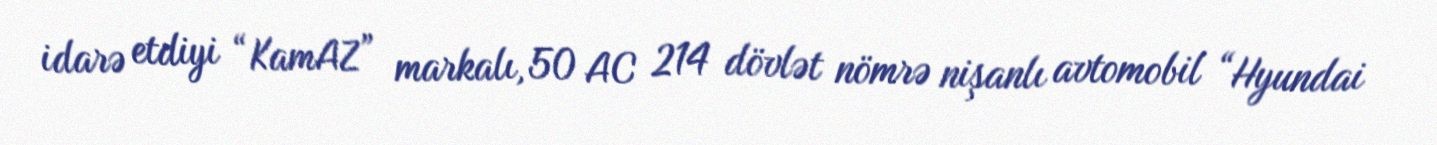
idarə etdiyi “KamAZ” markalı, 50 AC 214 dövlət nömrə nişanlı avtomobil “Hyundai